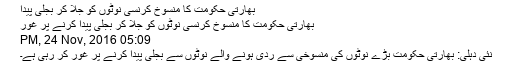
بھارتی حکومت کا منسوخ کرنسی نوٹوں کو جلا کر بجلی پیدا
بھارتی حکومت کا منسوخ کرنسی نوٹوں کو جلا کر بجلی پیدا کرنے پر غور
05:09 PM, 24 Nov, 2016
نئی دہلی: بھارتی حکومت بڑے نوٹوں کی منسوخی سے ردی ہونے والے نوٹوں سے بجلی پیدا کرنے پر غور کر رہی ہے۔